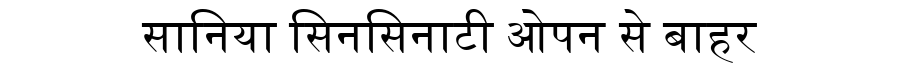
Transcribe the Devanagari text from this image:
सानिया सिनसिनाटी ओपन से बाहर